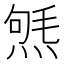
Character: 𤋤